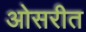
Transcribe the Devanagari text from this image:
ओसरीत